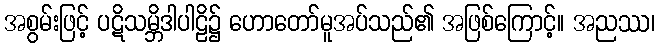
အစွမ်းဖြင့် ပဋိသမ္ဘိဒါပါဠိ၌ ဟောတော်မူအပ်သည်၏ အဖြစ်ကြောင့်။ အညဿ၊